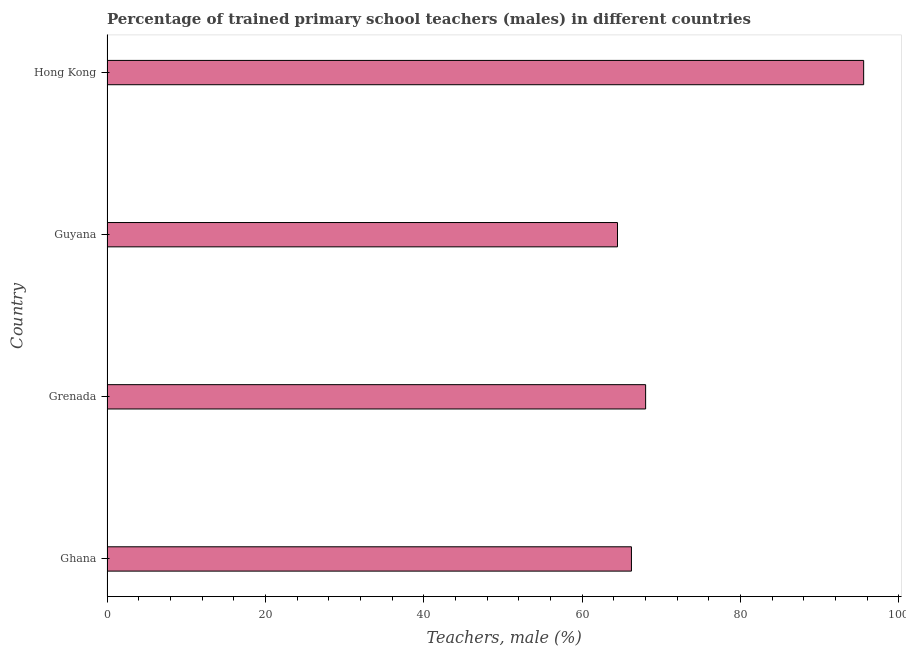
| Country | Trained teachers male |
 | --- | --- |
 | Ghana | 66.2 |
 | Grenada | 68 |
 | Guyana | 64.5 |
 | Hong Kong | 95.6 |